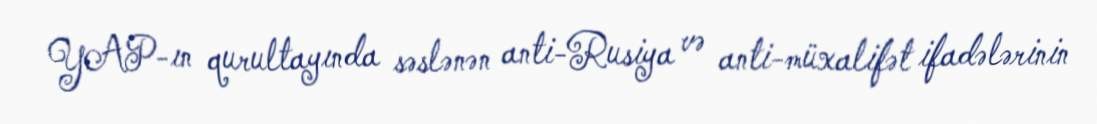
YAP-ın qurultayında səslənən anti-Rusiya və anti-müxalifət ifadələrinin